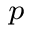
^ p